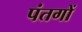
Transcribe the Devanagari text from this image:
पंतगों